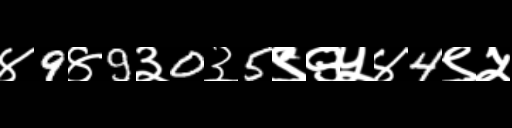
Text: ४9४9३0३5९९५४4९५